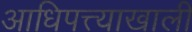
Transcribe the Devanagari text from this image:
आधिपत्त्याखाली